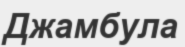
Джамбула